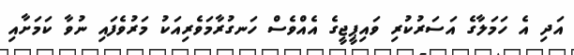
އަދި އެ ހަމަލާގެ އަސަރުކުރި ވައިޕީޖީގެ އެއްވެސް ހަނގުރާމަވެރިއަކު މަރުވެފައި ނުވާ ކަމަށާއި